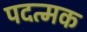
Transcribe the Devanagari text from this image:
पदत्मक